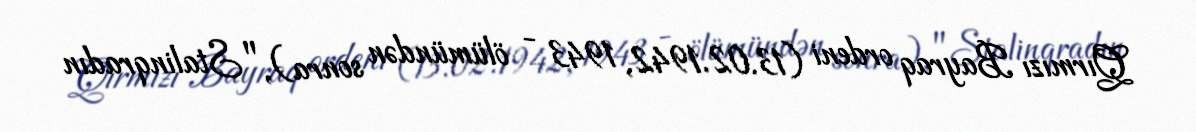
Qırmızı Bayraq ordeni (13.02.1942, 1943 - ölümündən sonra), "Stalinqradın